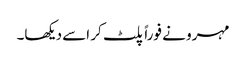
مہرو نے فوراً پلٹ کر اسے دیکھا۔